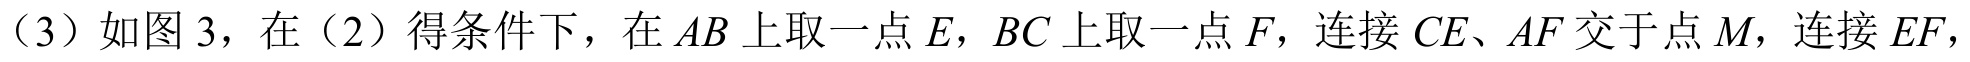
（3）如图 3，在（2）得条件下，在\(AB\)上取一点\(E\)，\(BC\)上取一点\(F\)，连接\(CE\)、\(AF\)交于点\(M\)，连接\(EF\)，